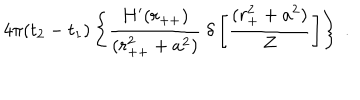
4 \pi ( t _ { 2 } - t _ { 1 } ) \left\{ \frac { H ^ { \prime } ( r _ { + + } ) } { ( r _ { + + } ^ { 2 } + a ^ { 2 } ) } \ \delta \left[ \frac { ( r _ { + } ^ { 2 } + a ^ { 2 } ) } { Z } \right] \right\} \ .